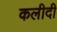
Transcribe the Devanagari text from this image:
कलीदी